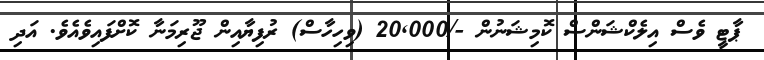
ޕާޓީ ވެސް އިލެކްޝަންސް ކޮމިޝަނުން -/20